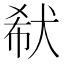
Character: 㹷